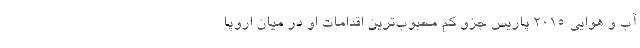
آب و هوایی ۲۰۱۵ پاریس جزو کم‌ محبوب‌ترین اقدامات او در میان اروپا